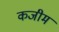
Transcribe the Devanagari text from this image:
कजीम